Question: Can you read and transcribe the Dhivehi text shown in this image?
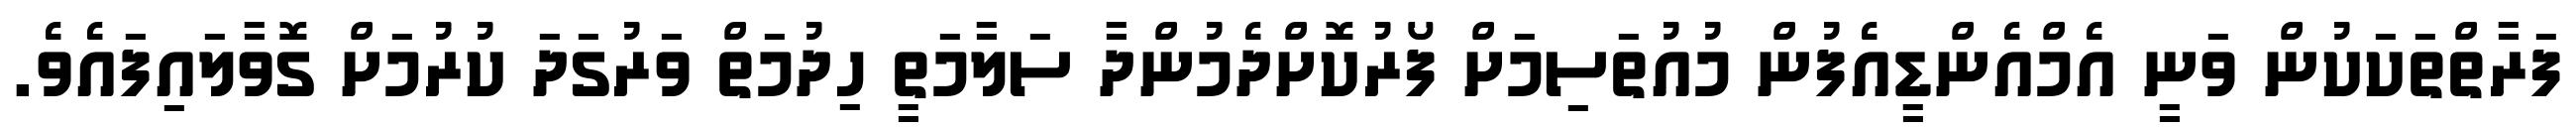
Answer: ފަރާތްތަކަކުން ވަނީ އެމްއެންޑީއެފުން މުއުތަސިމަށް ފޯރުކޮށްދެމުންދާ ސަލާމަތީ ހިދުމަތް ވަރުގަދަ ކުރުމަށް ގޮވާލައިފައެވެ.